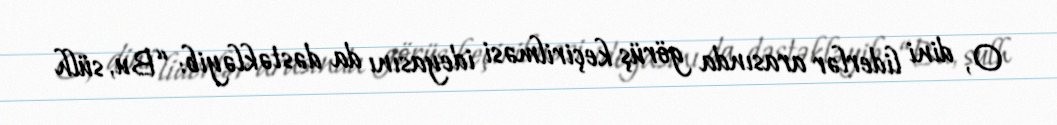
O, dini liderlər arasında görüş keçirilməsi ideyasını da dəstəkləyib: “Bu, sülh